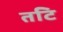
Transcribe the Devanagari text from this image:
तटि